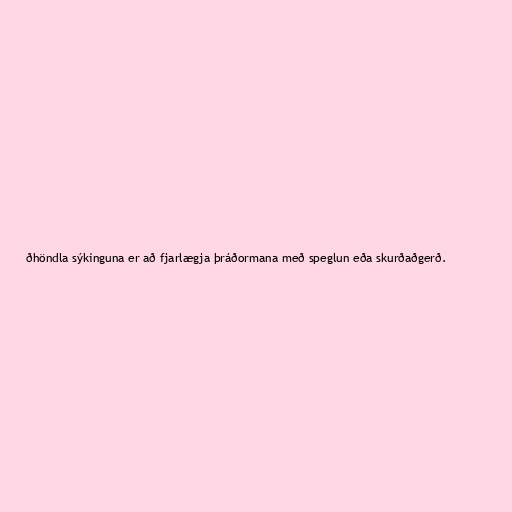
ðhöndla sýkinguna er að fjarlægja þráðormana með speglun eða skurðaðgerð.